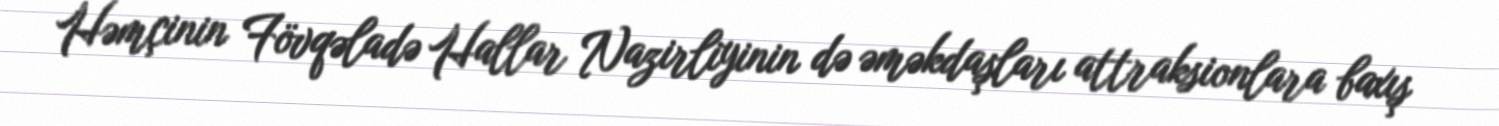
Həmçinin Fövqəladə Hallar Nazirliyinin də əməkdaşları attraksionlara baxış